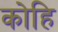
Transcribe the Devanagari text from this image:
कोहि